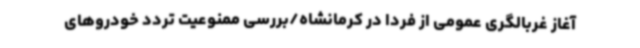
آغاز غربالگری عمومی از فردا در کرمانشاه/بررسی ممنوعیت تردد خودروهای